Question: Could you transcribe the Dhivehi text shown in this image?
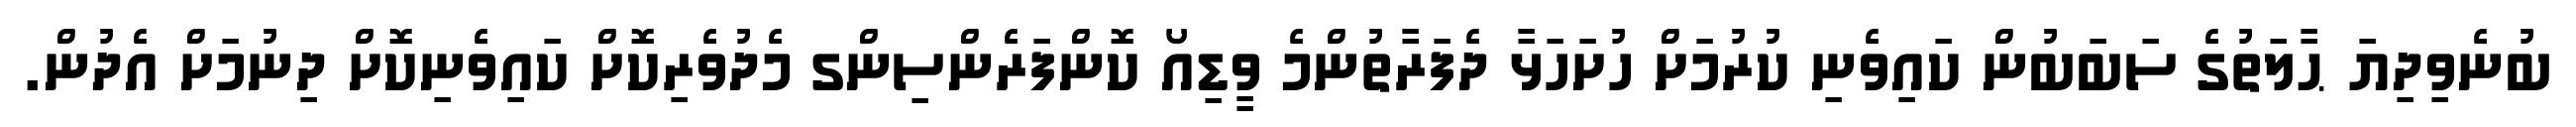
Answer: ބުނެވިދިޔަ ޙާލަތުގެ ސަބަބުން ކައިވެނި ކުރުމަށް ހުށަހަޅާ ދެފަރާތުންމެ ވީޑިއޯ ކޮންފަރެންސިންގ މެދުވެރިކޮށް ކައިވެނިކޮށް ދިނުމަށް އެދުން.